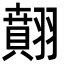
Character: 翸